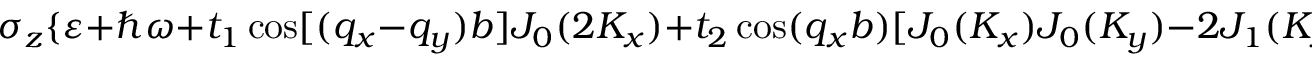
\sigma _ { z } \{ \varepsilon + \hbar \omega + t _ { 1 } \cos [ ( q _ { x } - q _ { y } ) b ] J _ { 0 } ( 2 K _ { x } ) + t _ { 2 } \cos ( q _ { x } b ) [ J _ { 0 } ( K _ { x } ) J _ { 0 } ( K _ { y } ) - 2 J _ { 1 } ( K _ { x } ) J _ { 1 } ( K _ { y } ) \cos ( \varphi ) +